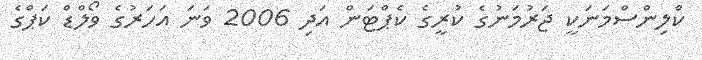
ކްލިންސްމަނަކީ ޖަރުމަނުގެ ކުރީގެ ކެޕްޓަން އަދި 2006 ވަނަ އަހަރުގެ ވޯލްޑް ކަޕްގެ